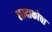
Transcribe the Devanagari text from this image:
सादाकोचा